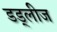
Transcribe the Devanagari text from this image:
डड्लीज